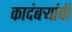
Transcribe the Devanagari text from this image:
कादंबर्‍यांंची